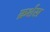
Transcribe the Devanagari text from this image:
क्रर्शस